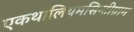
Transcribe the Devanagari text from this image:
एकथालियमसिन्टीग्राम